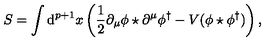
S = \int \mathrm { d } ^ { p + 1 } x \left( \frac { 1 } { 2 } \partial _ { \mu } \phi \star \partial ^ { \mu } \phi ^ { \dag } - V ( \phi \star \phi ^ { \dag } ) \right) ,